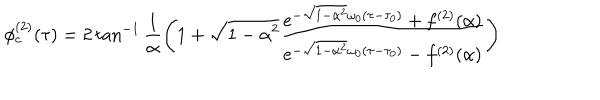
\phi _ { c } ^ { ( 2 ) } ( \tau ) = 2 \tan ^ { - 1 } \frac { 1 } { \alpha } \left( 1 + \sqrt { 1 - \alpha ^ { 2 } } { \frac { e ^ { - \sqrt { 1 - \alpha ^ { 2 } } \omega _ { 0 } ( \tau - \tau _ { 0 } ) } + f ^ { ( 2 ) } ( \alpha ) } { e ^ { - \sqrt { 1 - \alpha ^ { 2 } } \omega _ { 0 } ( \tau - \tau _ { 0 } ) } - f ^ { ( 2 ) } ( \alpha ) } } \right)